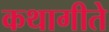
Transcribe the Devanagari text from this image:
कथागीते